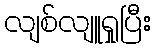
လျစ်လျူရှုပြီး